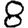
Digit: 8